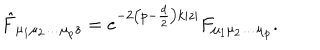
LaTeX: \hat { F } _ { \mu _ { 1 } \mu _ { 2 } \ldots \mu _ { p } z } = e ^ { - 2 \left( p - \frac { d } { 2 } \right) k | z | } F _ { \mu _ { 1 } \mu _ { 2 } \ldots \mu _ { p } } .